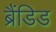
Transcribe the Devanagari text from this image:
ब्रैंडिड